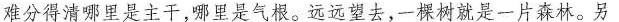
难分得清哪里是主干，哪里是气根。远远望去，一棵树就是一片森林。另